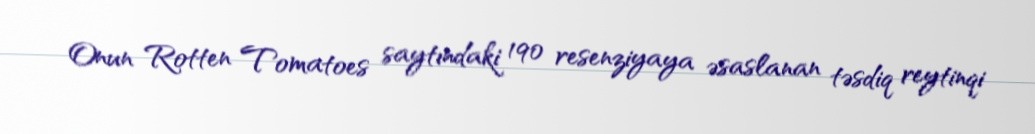
Onun Rotten Tomatoes saytındaki 190 resenziyaya əsaslanan təsdiq reytinqi